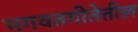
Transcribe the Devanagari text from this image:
भगवतगीतेतील